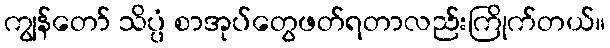
ကျွန်တော် သိပ္ပံ စာအုပ်တွေဖတ်ရတာလည်းကြိုက်တယ်။